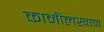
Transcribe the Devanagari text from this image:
कामीलखान